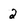
Character: 2